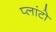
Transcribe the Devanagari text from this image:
प्‍लांटो